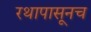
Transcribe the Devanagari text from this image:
रथापासूनच